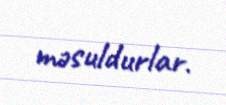
məsuldurlar.